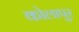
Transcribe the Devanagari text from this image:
कोलापुर